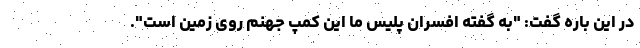
در این باره گفت: "به گفته افسران پلیس ما این کمپ جهنم روی زمین است".